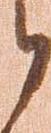
候